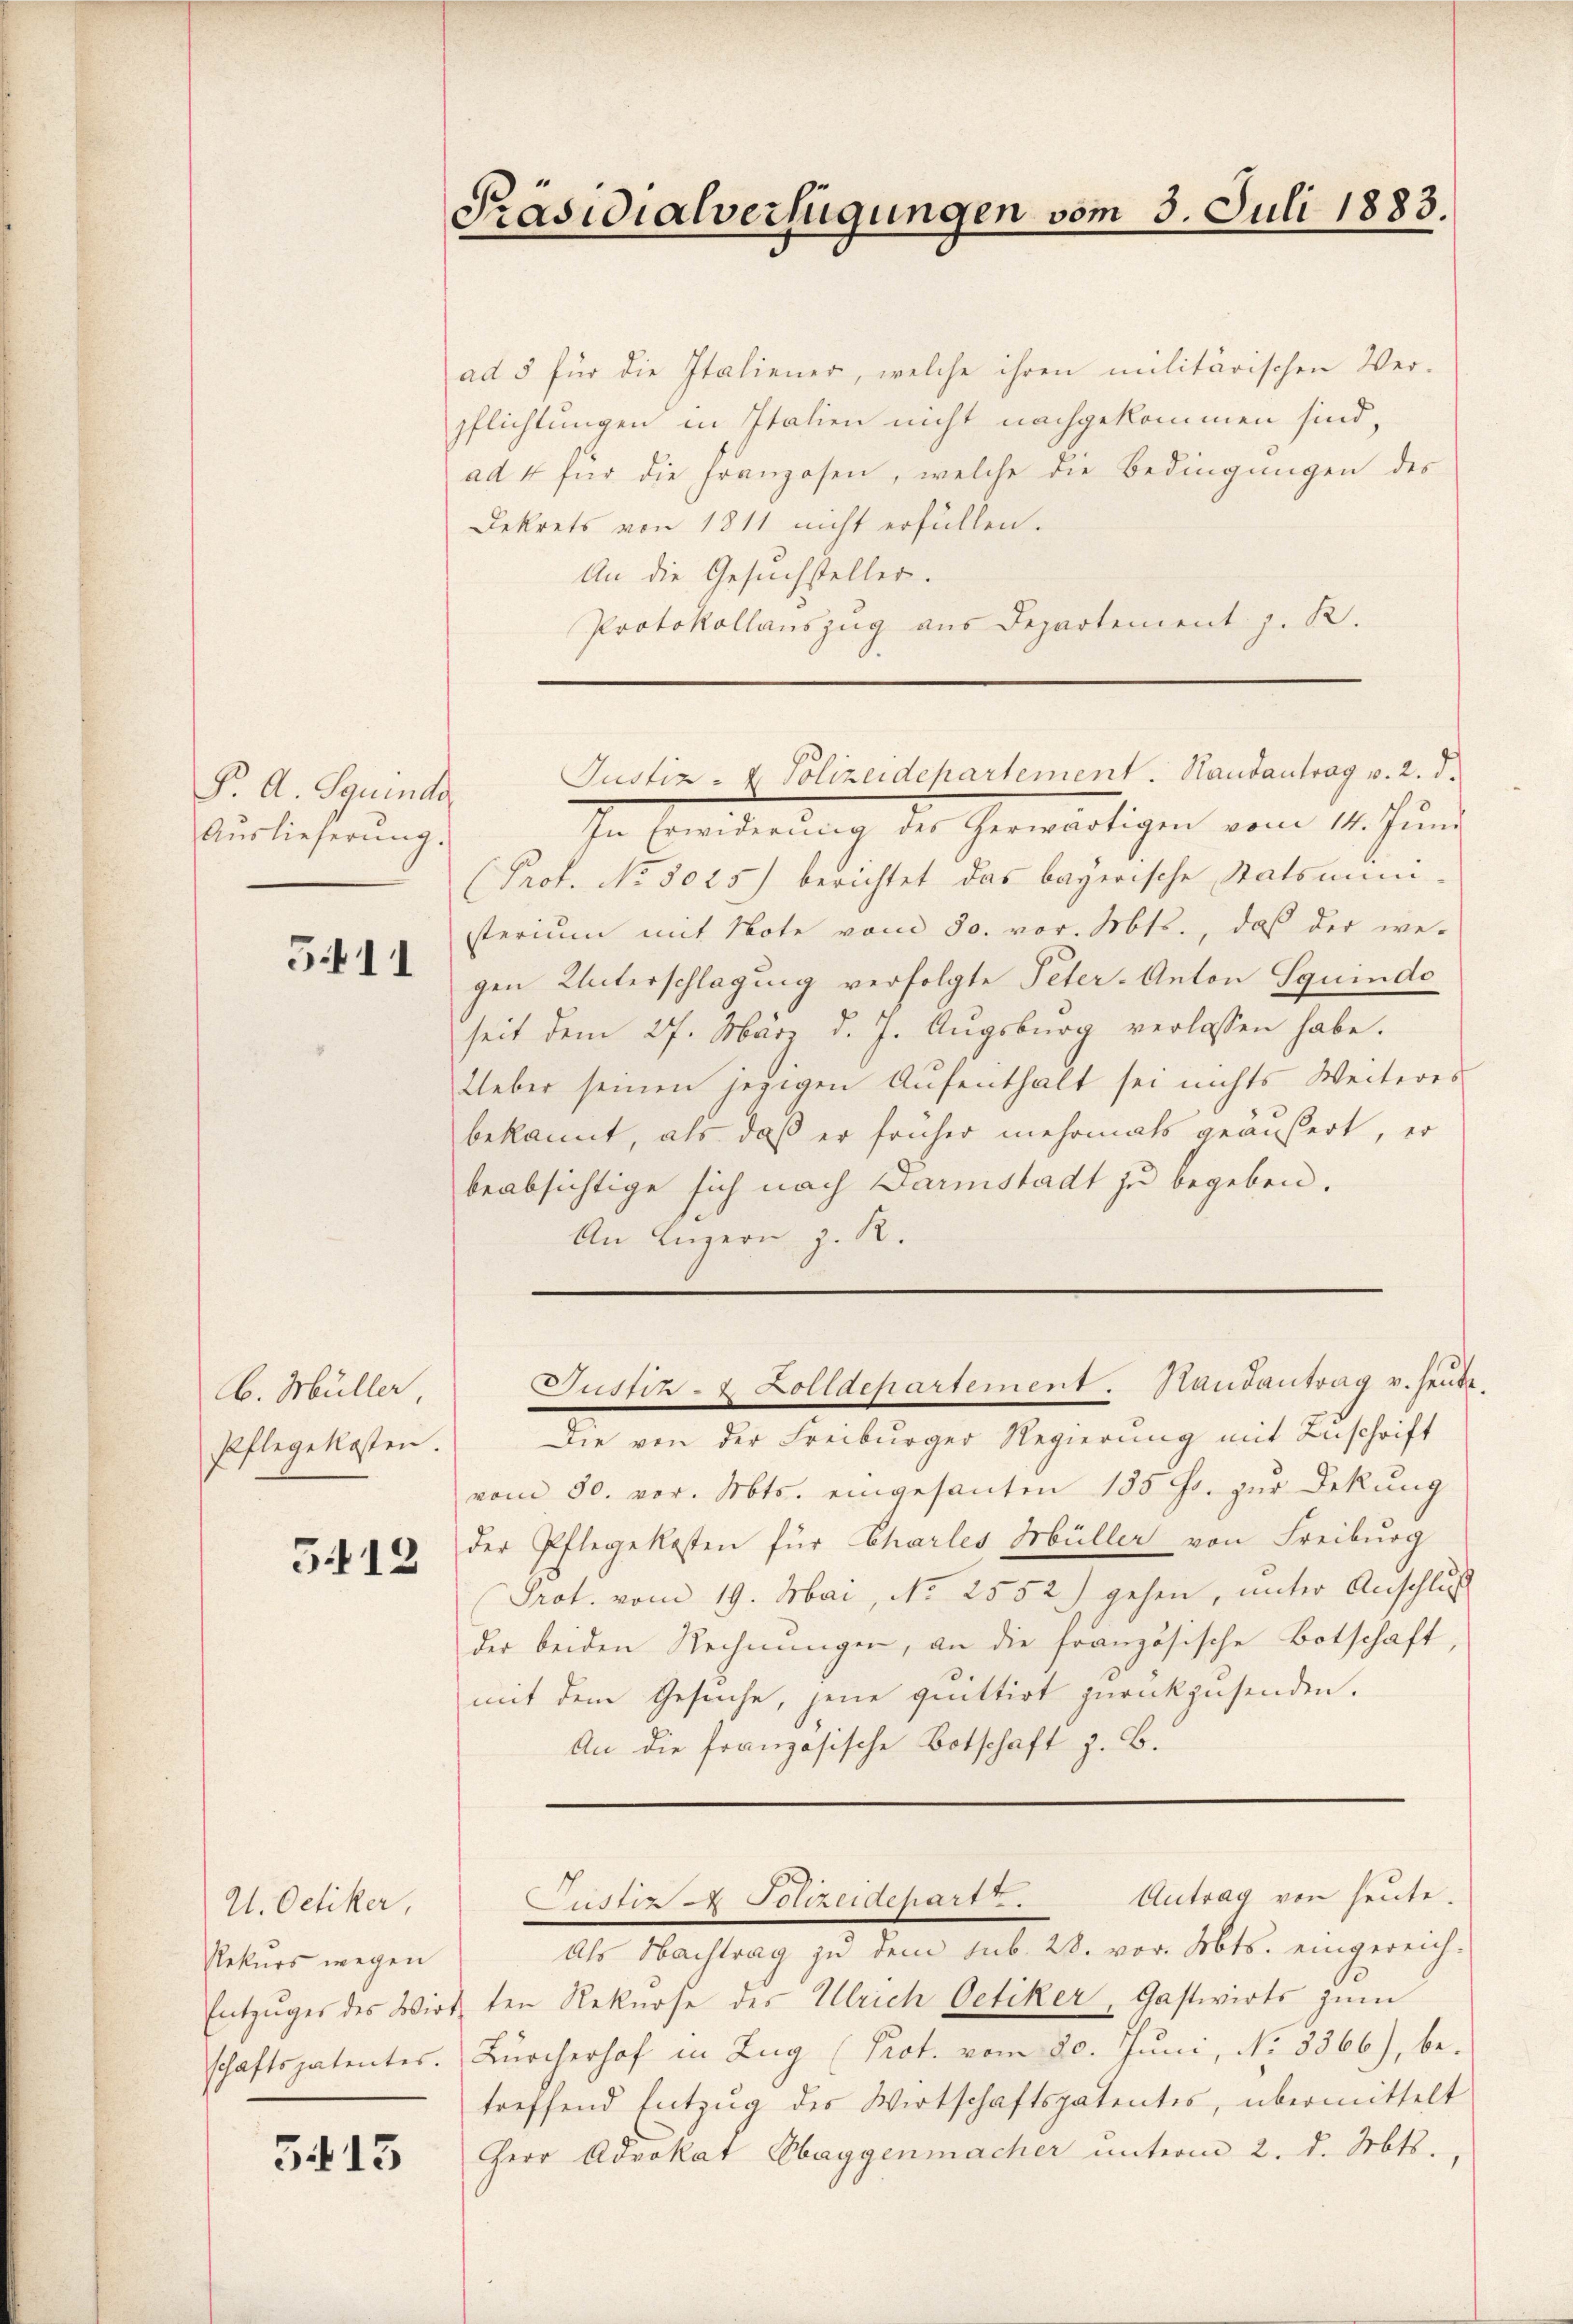
Pr. A. Squinde
Auslieferŭng.

5411

b. Müller
Pflegekosten.

5412

U. Oetiker,
Rekurs wegen
Entzuges des Wirt
schaftspatentes.

3413

ad 5 für die Italiener, welche ihren militärischen Ver-
pflichtungen in Italien nicht nachgekommen sind,
ad 4 für die Franzosen, welche die Bedingungen des
Dekrets von 1811 nicht erfüllen.
An die Gesuchsteller.
Protokollauszug aus Departement z. B.

Präsidialverfügungen vom 3. Juli 1883.

In Erwiderŭng des herwärtigen vom 14. Jŭni
(Prof. No 8025) berichtet das bayerische Statsmini-
sterium mit Note vom 30. vor. Mts., das der we-
gen Unterschlagung verfolgte Peter-Anton Squido
seit dem 27. März d. J. Augsburg verlassen habe.
Ueber seinen jezigen Aufenthalt sei nichts Weiteres
bekannt, als daß er früher mehrmals geäußert, er
beabsichtige sich nach Darmstadt zu begeben.
An Luzern z. R.

Justiz- & Polizeidepartement. Handantrag v. 2. d.

Die von der Freiburger Regierung mit Zuschrift
vom 30. vor. Mts. eingesanten 135 Fr. zur Dekung
der Pflegekosten für Charles Müller von Freiburg
Prot. vom 19. Mai, No 2552) gehen, unter Anschluß
der beiden Rechnungen, an die französische Botschaft,
mit dem Gesuche, jene quittirt zurückzusenden.
An die französische Botschaft z. B.

Justiz- & Zolldepartement. Handantrag u. heute.

Als Nachtrag zu dem sub. 28. vor. Mts. eingereich-
1ten Rekurse des Ulrich Oetiker, Gastwirts zum
Bürcherhof in Zug (Prot. vom 20. Juni, No 8366), betreffend Entzug des Wirtschaftspatentes, übermittelt
Herr Advokat Obaggenmacher unterm 2. d. Mts.

Justiz & Polizeidepart. Antrag von heute.